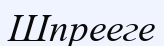
Шпрееге